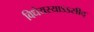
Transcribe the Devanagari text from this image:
विधेयस्याऽऽसीद्